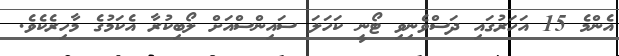
އެންމެ 15 އަހަރުގައި ދަސްވެނިވި ޓޯނީ ކަހަލަ ސައިންސްއަށް ލޯބިކުރާ އެކަމުގެ މާހިރެކެވެ.